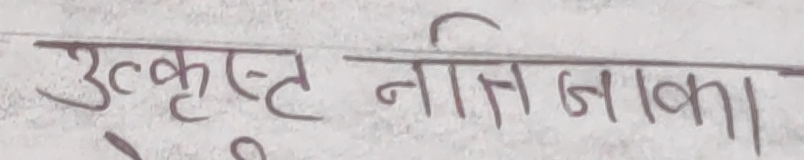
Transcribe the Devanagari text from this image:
उत्कृष्ट नीति जाका